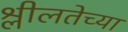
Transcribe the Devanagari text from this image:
श्लीलतेच्या